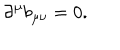
LaTeX: \partial ^ { \mu } b _ { \mu \nu } = 0 .